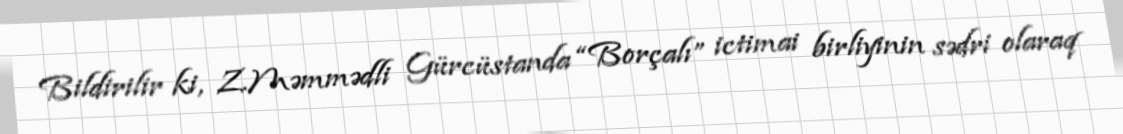
Bildirilir ki, Z.Məmmədli Gürcüstanda “Borçalı” ictimai birliyinin sədri olaraq